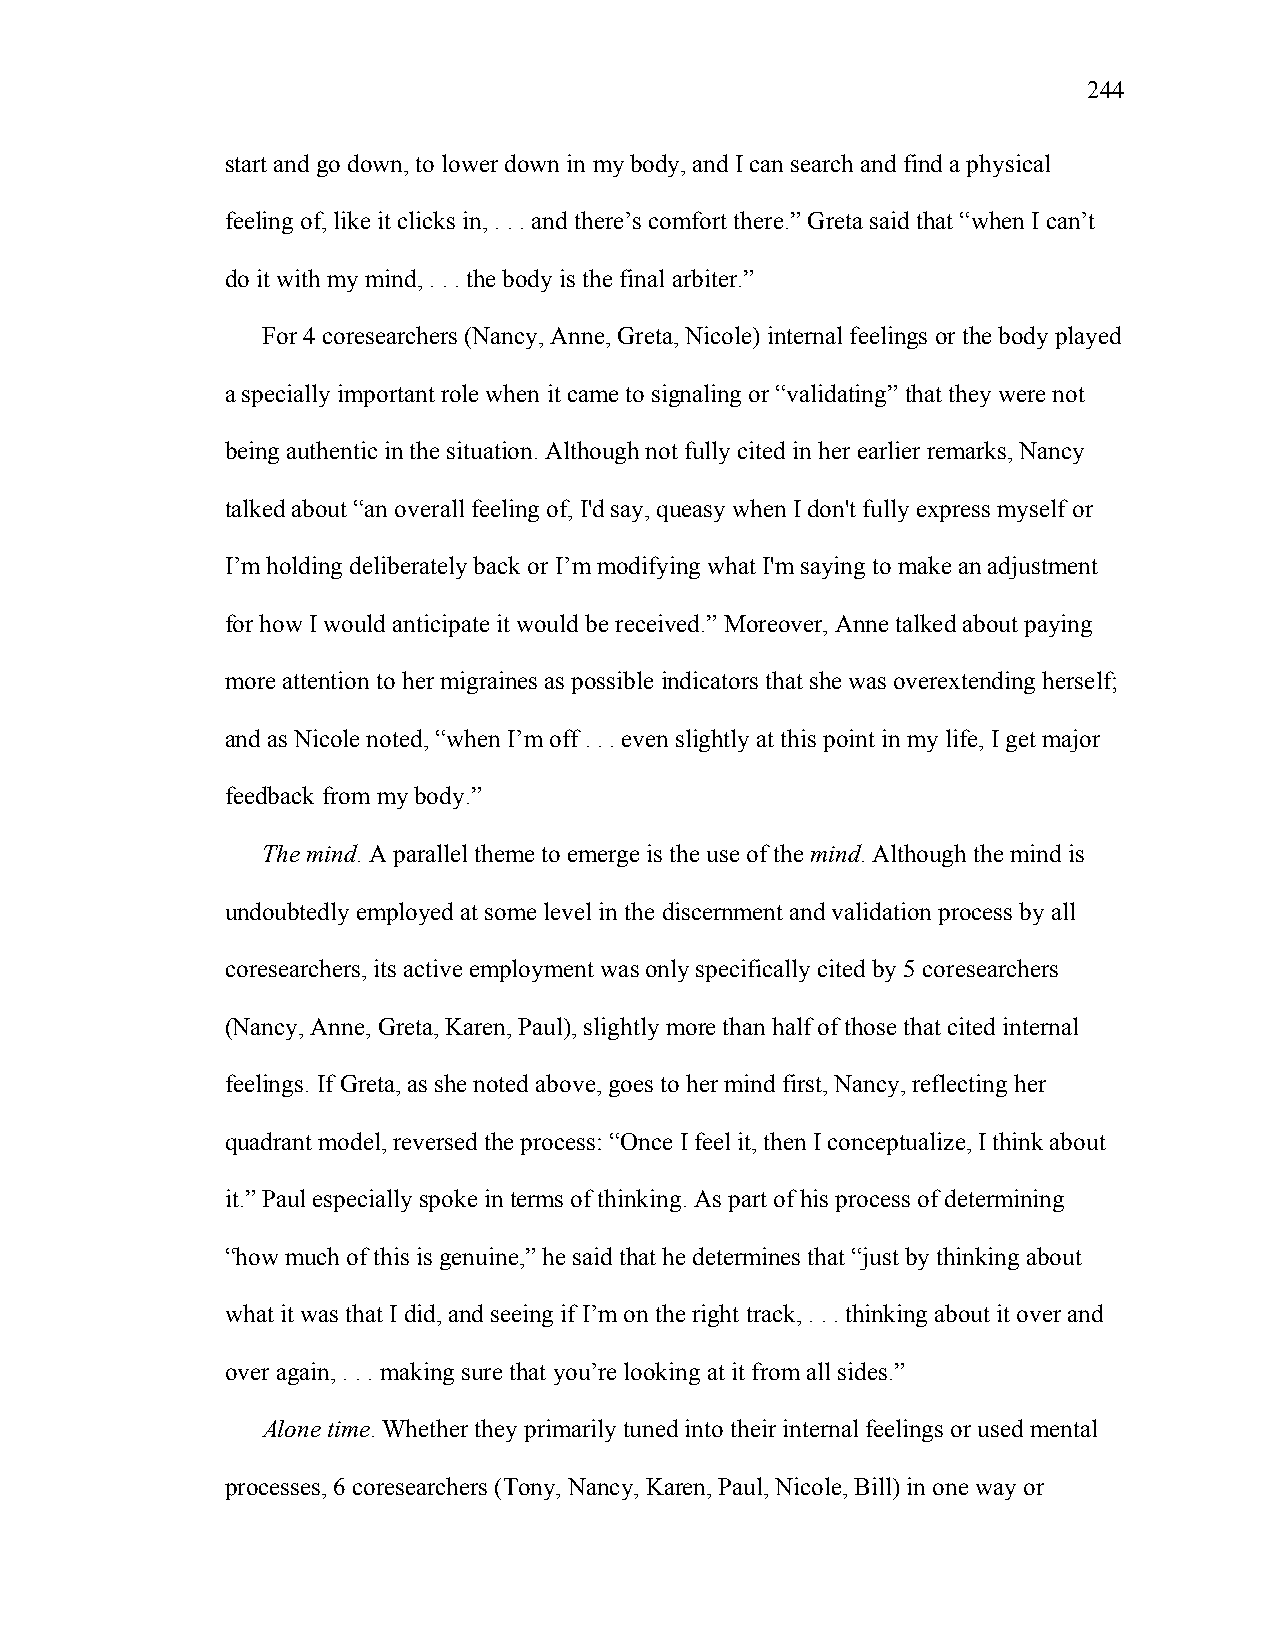
244
 start and go down, to lower down in my body, and I can search and find a physical
 feeling of, like it clicks in, . . . and there’s comfort there.” Greta said that “when I can’t
 do it with my mind, . . . the body is the final arbiter.”
 For 4 coresearchers (Nancy, Anne, Greta, Nicole) internal feelings or the body played
 a specially important role when it came to signaling or “validating” that they were not
 being authentic in the situation. Although not fully cited in her earlier remarks, Nancy
 talked about “an overall feeling of, I'd say, queasy when I don't fully express myself or
 I’m holding deliberately back or I’m modifying what I'm saying to make an adjustment
 for how I would anticipate it would be received.” Moreover, Anne talked about paying
 more attention to her migraines as possible indicators that she was overextending herself;
 and as Nicole noted, “when I’m off . . . even slightly at this point in my life, I get major
 feedback from my body.”
 The mind. A parallel theme to emerge is the use of the mind. Although the mind is
 undoubtedly employed at some level in the discernment and validation process by all
 coresearchers, its active employment was only specifically cited by 5 coresearchers
 (Nancy, Anne, Greta, Karen, Paul), slightly more than half of those that cited internal
 feelings. If Greta, as she noted above, goes to her mind first, Nancy, reflecting her
 quadrant model, reversed the process: “Once I feel it, then I conceptualize, I think about
 it.” Paul especially spoke in terms of thinking. As part of his process of determining
 “how much of this is genuine,” he said that he determines that “just by thinking about
 what it was that I did, and seeing if I’m on the right track, . . . thinking about it over and
 over again, . . . making sure that you’re looking at it from all sides.”
 Alone time. Whether they primarily tuned into their internal feelings or used mental
 processes, 6 coresearchers (Tony, Nancy, Karen, Paul, Nicole, Bill) in one way or